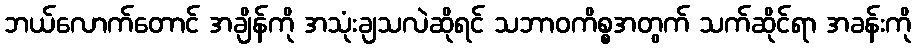
ဘယ်လောက်တောင် အချိန်ကို အသုံးချသလဲဆိုရင် သဘာဝကိစ္စအတွက် သက်ဆိုင်ရာ အခန်းကို